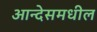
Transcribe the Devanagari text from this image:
आन्देसमधील